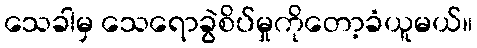
သေခါမှ သေရောခွဲစိပ်မှုကိုတော့ခံယူမယ်။